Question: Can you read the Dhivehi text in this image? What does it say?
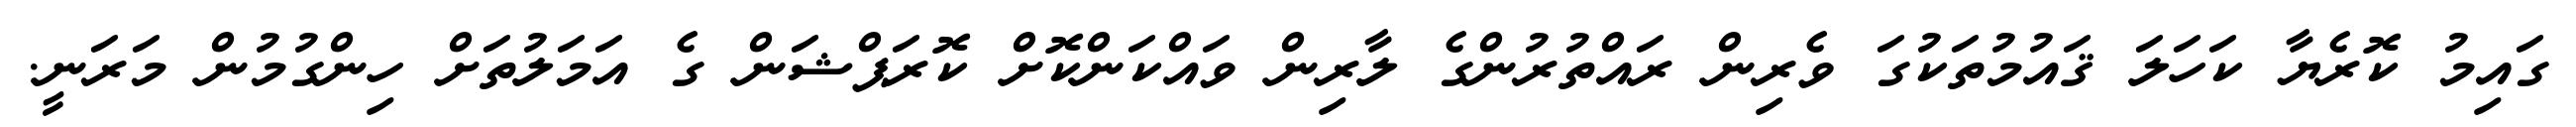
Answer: ގައިމު ކޮރެޔާ ކަހަލަ ޤައުމުތަކުގަ ވެރިން ރައްތުރުންގެ ލާރިން ވައްކަންކޮށް ކޮރަޕްޝަން ގެ އަމަލުތަށް ހިންގުމުން މަރަނީ.